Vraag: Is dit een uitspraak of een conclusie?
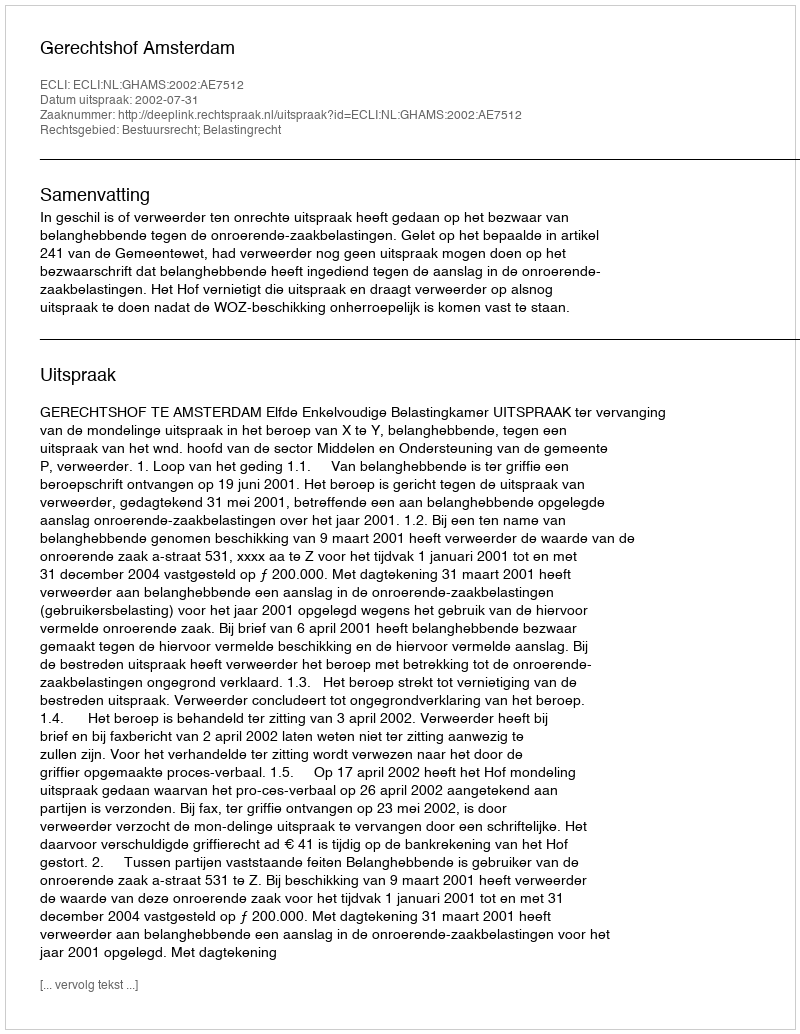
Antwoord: Uitspraak